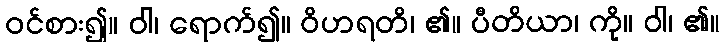
ဝင်စား၍။ ဝါ၊ ရောက်၍။ ဝိဟရတိ၊ ၏။ ပီတိယာ၊ ကို။ ဝါ၊ ၏။